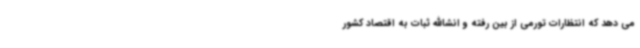
می دهد که انتظارات تورمی از بین رفته و انشاالله ثبات به اقتصاد کشور